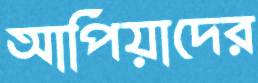
আপিয়াদের